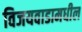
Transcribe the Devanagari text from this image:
विजयवाडामधील